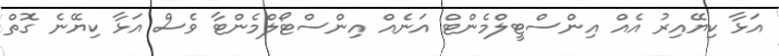
އަޅާ ކިޔޭއިރު އެއް އިންސްޓީލްމެންޓް އަނެއް އިންސްޓޯލްމެންޓާ ވެސް އަޅާ ކިޔޭނެ ގޮތް